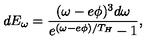
d E _ { \omega } = \frac { ( \omega - e \phi ) ^ { 3 } d \omega } { e ^ { ( \omega - e \phi ) / T _ { H } } - 1 } ,